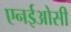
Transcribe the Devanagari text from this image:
एनईओसी